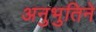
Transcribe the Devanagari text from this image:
अनुभुतिने